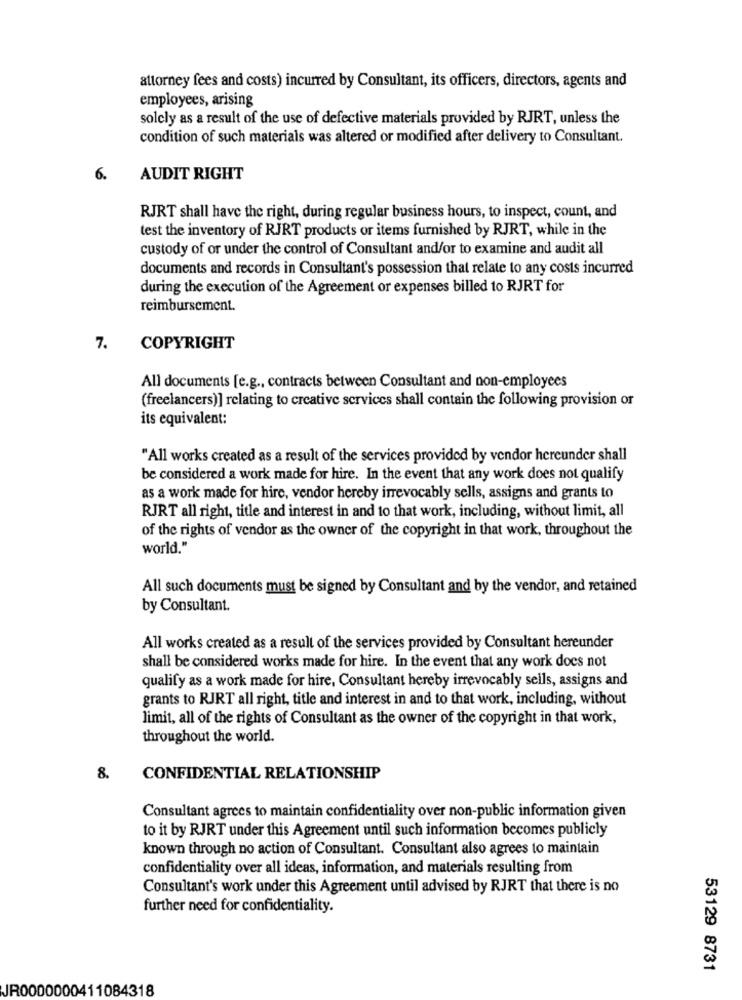
attorney fees and costs) incurred by Consultant, its officers, directors, agents and
employees, arising
solely as a result of the use of defective materials provided by RJRT, unless the
condition of such materials was altered or modified after delivery to Consultant.
6.
AUDIT RIGHT
RJRT shall have the right, during regular business hours, to inspect, count, and
test the inventory of RJRT products or items furnished by RJRT, while in the
custody of or under the control of Consultant and/or to examine and audit all
documents and records in Consultant's possession that relate to any costs incurred
during the execution of the Agreement or expenses billed to RJRT for
reimbursement.
7.
COPYRIGHT
All documents [e.g ., contracts between Consultant and non-employees
(freelancers)] relating to creative services shall contain the following provision or
its equivalent:
"All works created as a result of the services provided by vendor hereunder shall
be considered a work made for hire. In the event that any work does not qualify
as a work made for hire, vendor hereby irrevocably sells, assigns and grants to
RJRT all right, title and interest in and to that work, including, without limit, all
of the rights of vendor as the owner of the copyright in that work, throughout the
world."
All such documents must be signed by Consultant and by the vendor, and retained
by Consultant.
All works created as a result of the services provided by Consultant hereunder
shall be considered works made for hire. In the event that any work does not
qualify as a work made for hire, Consultant hereby irrevocably sells, assigns and
grants to RJRT all right, title and interest in and to that work, including, without
limit, all of the rights of Consultant as the owner of the copyright in that work,
throughout the world.
8.
CONFIDENTIAL RELATIONSHIP
Consultant agrees to maintain confidentiality over non-public information given
to it by RJRT under this Agreement until such information becomes publicly
known through no action of Consultant. Consultant also agrees to maintain
confidentiality over all ideas, information, and materials resulting from
Consultant's work under this Agreement until advised by RJRT that there is no
further need for confidentiality.
53129 8731
JR0000000411084318